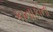
કાનાકોના